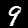
Label: 9